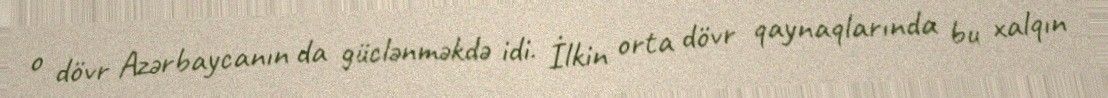
o dövr Azərbaycanın da güclənməkdə idi. İlkin orta dövr qaynaqlarında bu xalqın